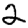
Digit: 2